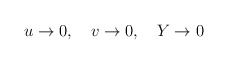
\begin{align*}u \rightarrow 0, \quad v \rightarrow 0, \quad Y \rightarrow 0\end{align*}